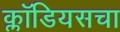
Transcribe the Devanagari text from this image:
क्लॉडियसचा